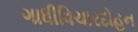
ગાધીવિચારદોહન